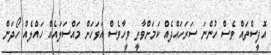
އޮފީސްތައް ވެސް ހުންނަ ސަރަހައްދެއް ކަމަށްވާތީ ވީހާވެސް އަވަހަށް މައްސަލައެއް ހައްލެއް ހޯދަން